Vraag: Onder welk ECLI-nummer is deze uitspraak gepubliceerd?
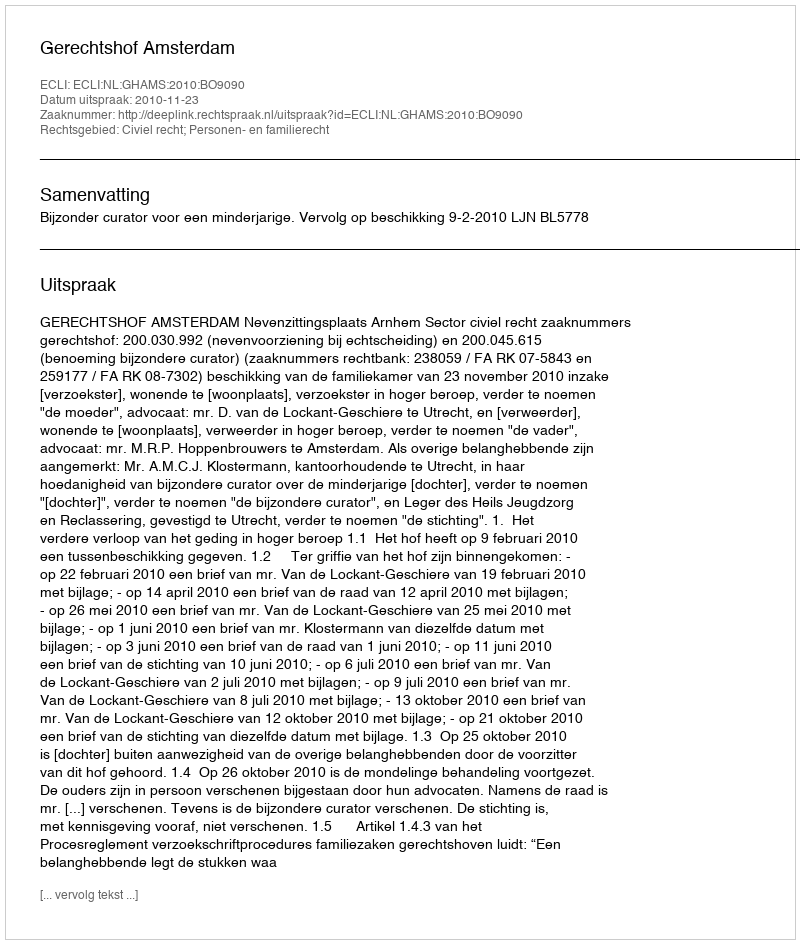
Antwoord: ECLI:NL:GHAMS:2010:BO9090